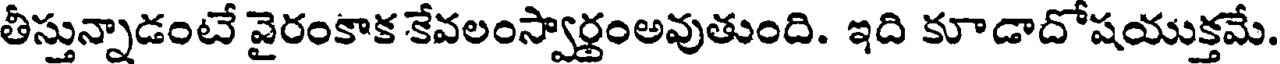
తీస్తున్నాడంటే వైరంకాక కేవలంస్వార్థంఅవుతుంది. ఇది కూడాదోషయుక్తమే.